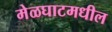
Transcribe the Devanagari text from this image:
मेळघाटमधील